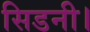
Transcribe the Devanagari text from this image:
सिडनी।